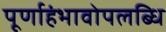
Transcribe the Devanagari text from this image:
पूर्णाहंभावोपलब्धि